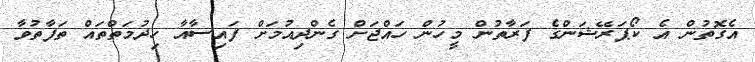
އެގޮތުން އެ ކޯޕަރޭޝަންގެ ފަރާތުން މީހުން ހައްޖަށް ގެންދިއުމަށް ފައިސާއާ ހިދުމަތްތައް ތަފާތުވާ